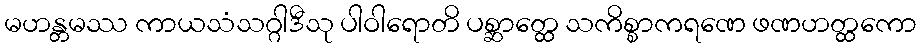
မဟန္တမဿ ကာယသံသဂ္ဂါဒီသု ပါဝါရောတိ ပစ္ဆာတ္ထေ သကိစ္စာကရဏေ ဖဏဟတ္ထကော